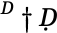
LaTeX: ^Ḋ\dagger Ḍ